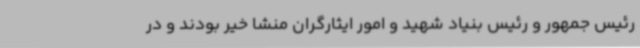
رئیس جمهور و رئیس بنیاد شهید و امور ایثارگران منشا خیر بودند و در